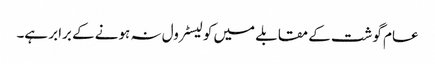
عام گوشت کے مقابلے میں کولیسٹرول نہ ہونے کے برابر ہے۔